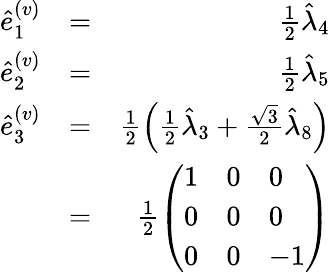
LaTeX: \begin{array}{rlr}{\hat{e}_{1}^{(v)}}&{=}&{\frac{1}{2}\hat{\lambda}_{4}}\\ {\hat{e}_{2}^{(v)}}&{=}&{\frac{1}{2}\hat{\lambda}_{5}}\\ {\hat{e}_{3}^{(v)}}&{=}&{\frac{1}{2}\left(\frac{1}{2}\hat{\lambda}_{3}+\frac{\sqrt{3}}{2}\hat{\lambda}_{8}\right)}\\ &{=}&{\frac{1}{2}\left(\begin{array}{lll}{1}&{0}&{0}\\ {0}&{0}&{0}\\ {0}&{0}&{-1}\end{array}\right)}\end{array}